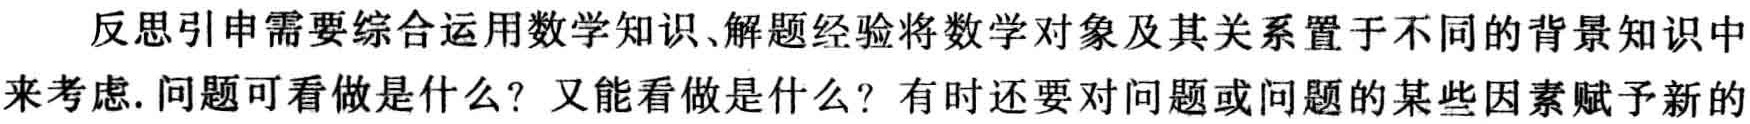
反思引申需要综合运用数学知识、解题经验将数学对象及其关系置于不同的背景知识中来考虑. 问题可看做是什么？又能看做是什么？有时还要对问题或问题的某些因素赋予新的